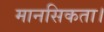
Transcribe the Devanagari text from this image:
मानसिकता।